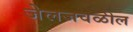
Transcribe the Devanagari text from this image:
जेलजवळील